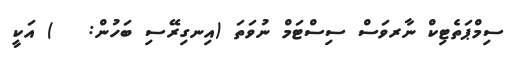
ސިމްޕަތެޓިކް ނާރވަސް ސިސްޓަމް ނުވަތަ (އިނގިރޭސި ބަހުން:   ) އަކީ